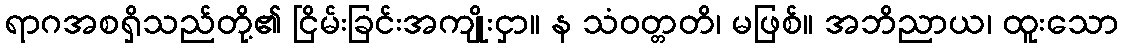
ရာဂအစရှိသည်တို့၏ ငြိမ်းခြင်းအကျိုးငှာ။ န သံဝတ္တတိ၊ မဖြစ်။ အဘိညာယ၊ ထူးသော